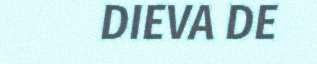
DIEVA DE